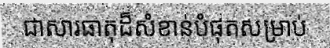
ជាសារធាតុដ៏សំខាន់បំផុតសម្រាប់